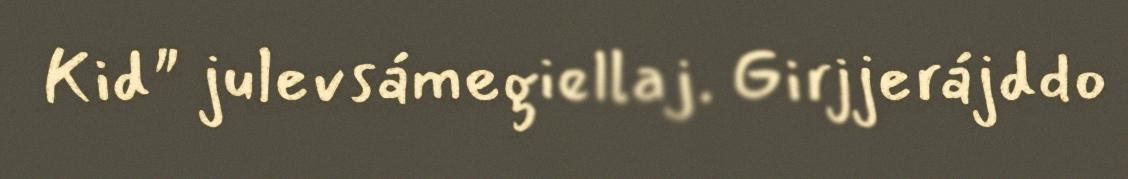
Kid" julevsámegiellaj. Girjjerájddo